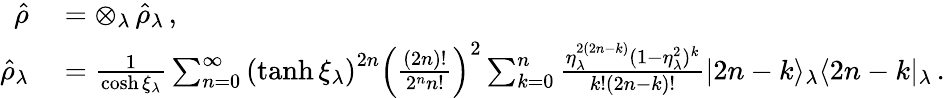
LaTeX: \begin{array}{rl}{\hat{\rho}}&{{}=\otimes_{\lambda}\, \hat{\rho}_{\lambda}\, ,}\\ {\hat{\rho}_{\lambda}}&{{}=\frac{1}{\cosh\xi_{\lambda}}\sum_{n=0}^{\infty}\left(\operatorname{tanh}\xi_{\lambda}\right)^{2n}\left(\frac{(2n)!}{2^{n}n!}\right)^{2}\sum_{k=0}^{n}\frac{\eta_{\lambda}^{2(2n-k)}(1-\eta_{\lambda}^{2})^{k}}{k!(2n-k)!}|2n-k\rangle_{\lambda}\langle 2n-k|_{\lambda}\, .}\end{array}